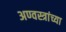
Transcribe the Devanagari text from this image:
अण्वस्त्रांच्या